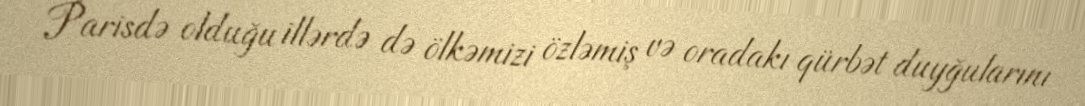
Parisdə olduğu illərdə də ölkəmizi özləmiş və oradakı qürbət duyğularını